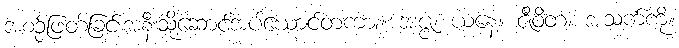
အစဉ်ဖြတ်ခြင်းအနီးသို့ဆောင်အပ်ယောင်တကား။ အဇ္ဇ၊ ယနေ့။ ဇီဝိတံ၊ အသက်ကို။